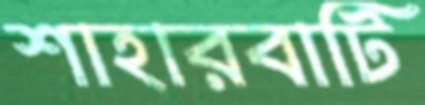
শাহারবাটি